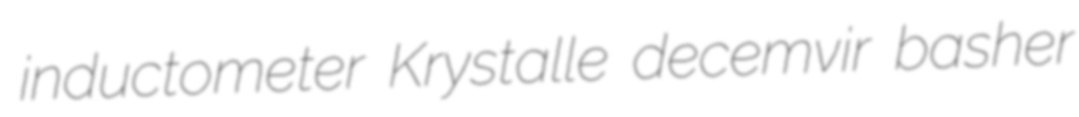
inductometer Krystalle decemvir basher